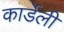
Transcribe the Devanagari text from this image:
कार्डेली